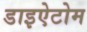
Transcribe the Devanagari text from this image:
डाइऐटोम